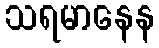
သရမာနေန